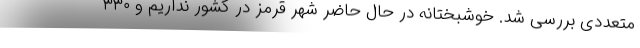
متعددی بررسی شد. خوشبختانه در حال حاضر شهر قرمز در کشور نداریم و ۳۳۰